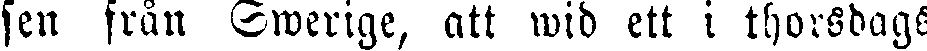
sen från Swerige, att wid ett i thorsdags